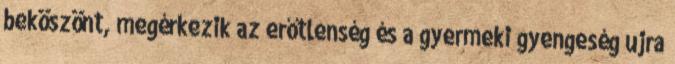
beköszönt, megérkezik az erőtlenség és a gyermeki gyengeség ujra